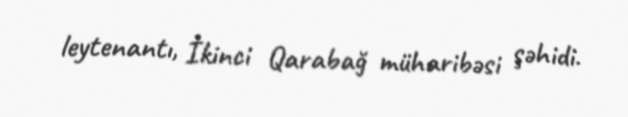
leytenantı, İkinci Qarabağ müharibəsi şəhidi.